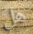
هل